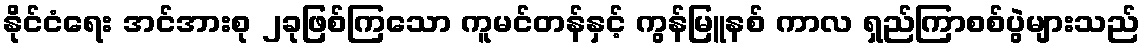
နိုင်ငံရေး အင်အားစု ၂ခုဖြစ်ကြသော ကူမင်တန်နှင့် ကွန်မြူနစ် ကာလ ရှည်ကြာစစ်ပွဲများသည်